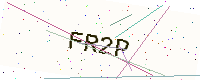
Text: FR2P